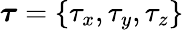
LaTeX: \boldsymbol{\tau}=\left\{ \tau_{x},\tau_{y},\tau_{z}\right\}